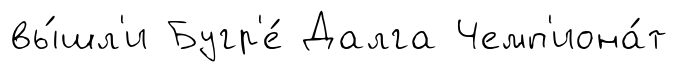
вы́шл'и Бугр'е́ Далга Чемп'иона́т